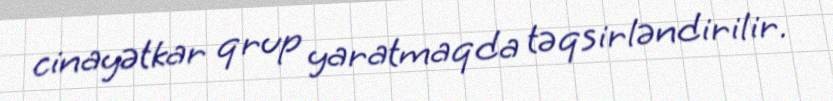
cinayətkar qrup yaratmaqda təqsirləndirilir.